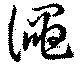
澠